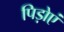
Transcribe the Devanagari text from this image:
पिड़ोएं